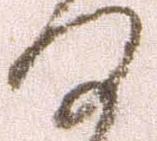
何